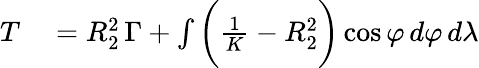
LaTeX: \begin{array}{rl}{T}&{{}=R_{2}^{2}\, \Gamma+\int{\biggl(}{\frac{1}{K}}-R_{2}^{2}{\biggr)}\cos\varphi\, d\varphi\, d\lambda}\end{array}